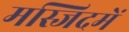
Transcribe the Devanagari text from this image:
मस्जिदमें